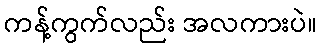
ကန့်ကွက်လည်း အလကားပဲ။